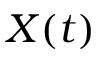
X ( t )